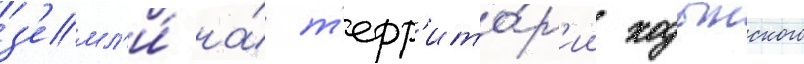
з'емл'и́ на́ т'ерр'ито́р'ии ходынского